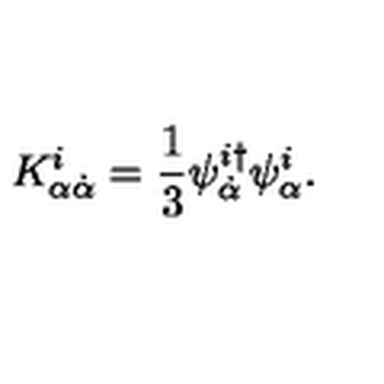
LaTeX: K _ { \alpha \dot { \alpha } } ^ { i } = \frac { 1 } { 3 } \psi _ { \dot { \alpha } } ^ { i \dagger } \psi _ { \alpha } ^ { i } .